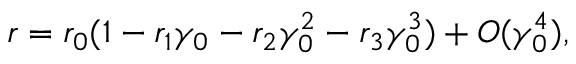
r = r _ { 0 } ( 1 - r _ { 1 } \gamma _ { 0 } - r _ { 2 } \gamma _ { 0 } ^ { 2 } - r _ { 3 } \gamma _ { 0 } ^ { 3 } ) + O ( \gamma _ { 0 } ^ { 4 } ) ,